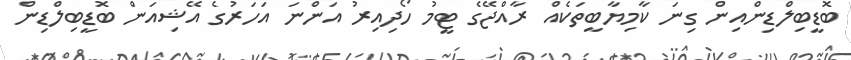
ބޮޑީބިލްޑިންއިން ގިނަ ކާމިޔާބީތަކެއް ރާއްޖޭގެ ޓީމު ހޯދިއިރު އަންނަ އަހަރުގެ އޭޝިއަން ބޮޑީބިލްޑިން